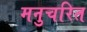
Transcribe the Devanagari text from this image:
मनुचरित